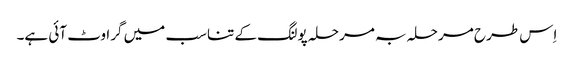
اِس طرح مرحلہ بہ مرحلہ پولنگ کے تناسب میں گراوٹ آئی ہے۔